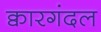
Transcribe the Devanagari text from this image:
क्वारगंदल